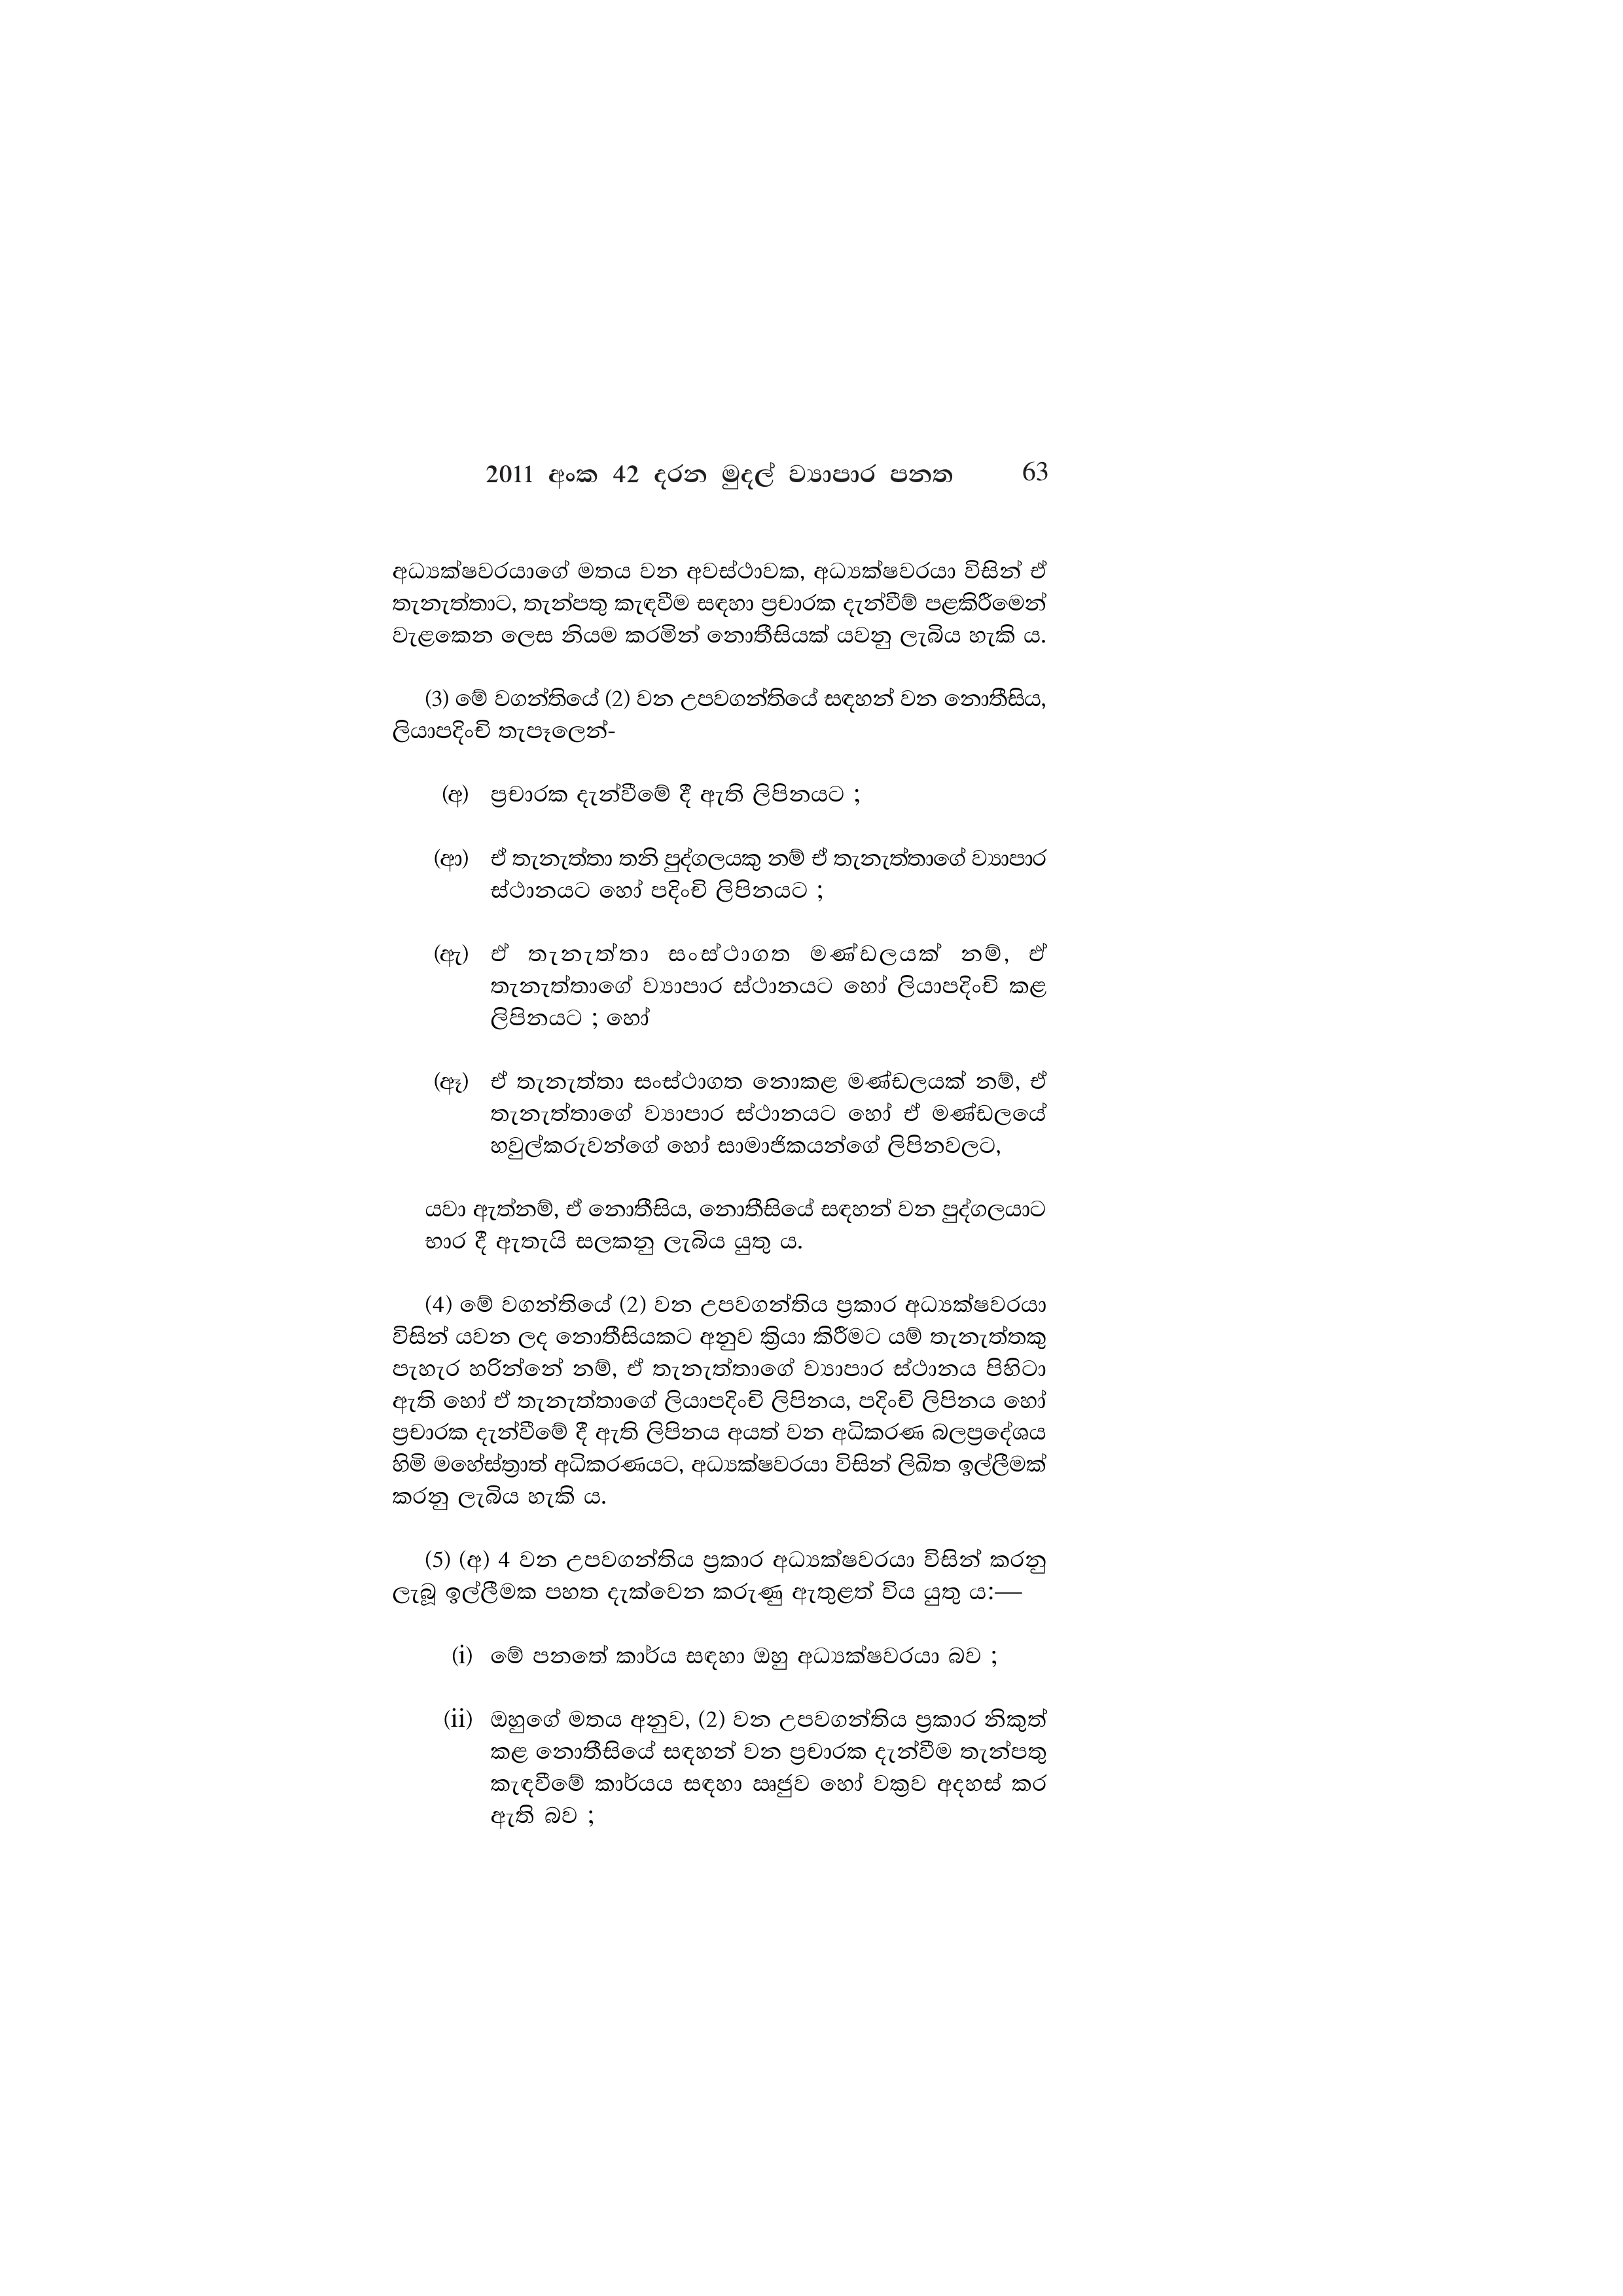
2011 අංක 42 දරන මුදල් ව්‍යාපාර පනත 63

අධ්‍යක්ෂවරයාගේ මතය වන අවස්ථාවක, අධ්‍යක්ෂවරයා විසින් ඒ
තැනැත්තාට, තැන්පතු කැඳවීම සඳහා ප්‍රචාරක දැන්වීම් පළකිරීමෙන්
වැළකෙන ලෙස නියම කරමින් නොතීසියක් යවනු ලැබිය හැකි ය.

(3) මේ වගන්තියේ (2) වන උපවගන්තියේ සඳහන් වන නොතීසිය,
ලියාපදිංචි තැපෑලෙන්-

(අ) ප්‍රචාරක දැන්වීමේ දී ඇති ලිපිනයට ;

(ආ) ඒ තැනැත්තා තනි පුද්ගලයකු නම් ඒ තැනැත්තාගේ ව්‍යාපාර
ස්ථානයට හෝ පදිංචි ලිපිනයට ;

(ඇ) ඒ තැනැත්තා සංස්ථාගත මණ්ඩලයක් නම්, ඒ
තැනැත්තාගේ ව්‍යාපාර ස්ථානයට හෝ ලියාපදිංචි කළ
ලිපිනයට ; හෝ

(ඈ) ඒ තැනැත්තා සංස්ථාගත නොකළ මණ්ඩලයක් නම්, ඒ
තැනැත්තාගේ ව්‍යාපාර ස්ථානයට හෝ ඒ මණ්ඩලයේ
හවුල්කරුවන්ගේ හෝ සාමාජිකයන්ගේ ලිපිනවලට,

යවා ඇත්නම්, ඒ නොතීසිය, නොතීසියේ සඳහන් වන පුද්ගලයාට
භාර දී ඇතැයි සලකනු ලැබිය යුතු ය.

(4) මේ වගන්තියේ (2) වන උපවගන්තිය ප්‍රකාර අධ්‍යක්ෂවරයා
විසින් යවන ලද නොතීසියකට අනුව ක්‍රියා කිරීමට යම් තැනැත්තකු
පැහැර හරින්නේ නම්, ඒ තැනැත්තාගේ ව්‍යාපාර ස්ථානය පිහිටා
ඇති හෝ ඒ තැනැත්තාගේ ලියාපදිංචි ලිපිනය, පදිංචි ලිපිනය හෝ
ප්‍රචාරක දැන්වීමේ දී ඇති ලිපිනය අයත් වන අධිකරණ බලප්‍රදේශය
හිමි මහේස්ත්‍රාත් අධිකරණයට, අධ්‍යක්ෂවරයා විසින් ලිඛිත ඉල්ලීමක්
කරනු ලැබිය හැකි ය.

(5) (අ) 4 වන උපවගන්තිය ප්‍රකාර අධ්‍යක්ෂවරයා විසින් කරනු
ලැබූ ඉල්ලීමක පහත දැක්වෙන කරුණු ඇතුළත් විය යුතු ය:—

(i) මේ පනතේ කාර්ය සඳහා ඔහු අධ්‍යක්ෂවරයා බව ;

(ii) ඔහුගේ මතය අනුව, (2) වන උපවගන්තිය ප්‍රකාර නිකුත්
කළ නොතීසියේ සඳහන් වන ප්‍රචාරක දැන්වීම තැන්පතු
කැඳවීමේ කාර්යය සඳහා ඍජුව හෝ වක්‍රව අදහස් කර
ඇති බව ;